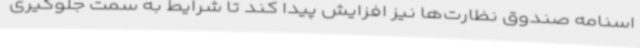
اسنامه صندوق نظارت‌ها نیز افزایش پیدا کند تا شرایط به سمت جلوگیری